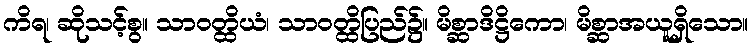
ကိရ၊ ဆိုသင့်စွ။ သာဝတ္ထိယံ၊ သာဝတ္ထိပြည်၌။ မိစ္ဆာဒိဋ္ဌိကော၊ မိစ္ဆာအယူရှိသော။